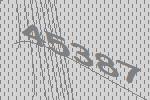
45387